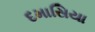
દમાસિયા